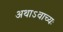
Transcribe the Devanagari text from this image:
अथाऽवाच्यः